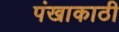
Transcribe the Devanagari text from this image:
पंखाकाठी